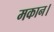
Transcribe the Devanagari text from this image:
मकान।